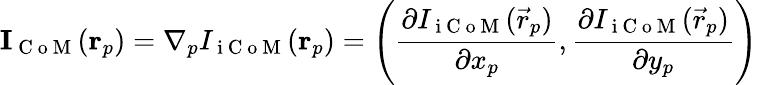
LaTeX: \mathbf{I}_{\mathrm{~C~o~M~}}(\mathbf{r}_{p})=\nabla_{p}I_{\mathrm{~i~C~o~M~}}(\mathbf{r}_{p})=\left(\frac{\partial I_{\mathrm{~i~C~o~M~}}(\vec{r}_{p})}{\partial x_{p}},\frac{\partial I_{\mathrm{~i~C~o~M~}}(\vec{r}_{p})}{\partial y_{p}}\right)